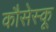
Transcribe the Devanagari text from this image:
कौसेस्कू